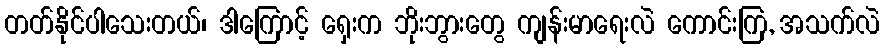
တတ်နိုင်ပါသေးတယ်၊ ဒါကြောင့် ရှေးက ဘိုးဘွားတွေ ကျန်းမာရေးလဲ ကောင်းကြ, အသက်လဲ